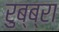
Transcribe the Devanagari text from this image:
रुब्ब्रा